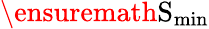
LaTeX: \ensuremath\mathrm{{S}}_{\mathrm{min}}